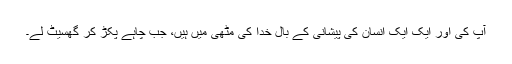
آپ کی اور ایک ایک انسان کی پیشانی کے بال خدا کی مٹھی میں ہیں، جب چاہے پکڑ کر گھسیٹ لے۔